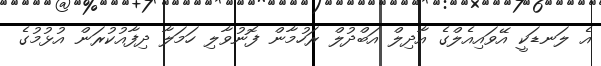
އެ ލަނޑަކީ އޭވައިއެލްގެ އާދިލް އަބްދުލް ރަހުމާން ފޮނުވާލި ހަމަލާ ދިފާއުކުރަން އުޅުމުގެ